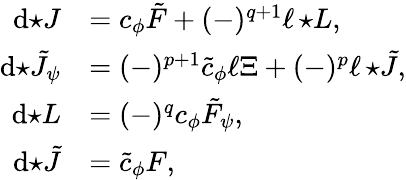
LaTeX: \begin{array}{rl}{\mathrm{d}{\star J}}&{=c_{\phi}\tilde{F}+(-)^{q+1}\ell\, {\star L},}\\ {\mathrm{d}{\star\tilde{J}_{\psi}}}&{=(-)^{p+1}\tilde{c}_{\phi}\ell\Xi+(-)^{p}\ell\, {\star\tilde{J}},}\\ {\mathrm{d}{\star L}}&{=(-)^{q}c_{\phi}\tilde{F}_{\psi},}\\ {\mathrm{d}{\star\tilde{J}}}&{=\tilde{c}_{\phi}F,}\end{array}